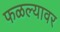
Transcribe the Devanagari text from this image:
फळल्यावर